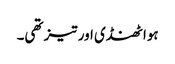
ہوا ٹھنڈی اور تیز تھی۔